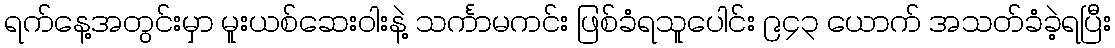
ရက်နေ့အတွင်းမှာ မူးယစ်ဆေးဝါးနဲ့ သင်္ကာမကင်း ဖြစ်ခံရသူပေါင်း ၉၄၃ ယောက် အသတ်ခံခဲ့ရပြီး